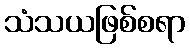
သံသယဖြစ်စရာ